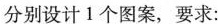
分别设计1个图案，要求：